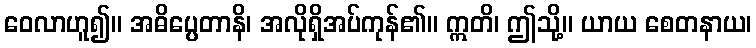
ဝေလာဟူ၍။ အဓိပ္ပေတာနိ၊ အလိုရှိအပ်ကုန်၏။ ဣတိ၊ ဤသို့။ ယာယ စေတနာယ၊